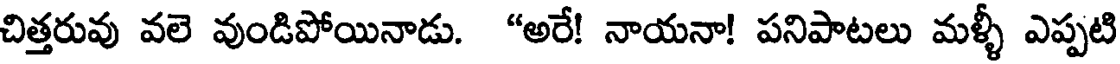
చిత్తరువు వలె వుండిపోయినాడు. "అరే! నాయనా! పనిపాటలు మళ్ళీ ఎప్పటి